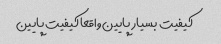
کیفیت بسیار پایین واقعا کیفیت پایین